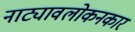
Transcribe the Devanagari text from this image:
नाट्यावलोकनकार